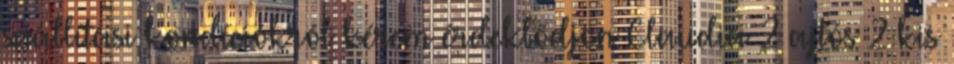
szállítási kondíciókról kérem érdeklődjön Claudia 2 ajtós 2 kis